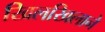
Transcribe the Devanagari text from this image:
खिलखिलाने